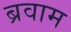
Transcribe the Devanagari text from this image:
ब्रवाम